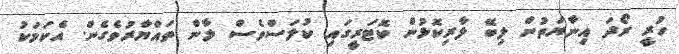
ހުރީ ރޯދަ އިނާޔަތުން ލިބޭ ލާރިކޮޅުން ކޮޓަރީގައި ކުލަސްވެސް ލާން ތައްޔާރުވެގެން. އެކަމަކު